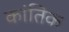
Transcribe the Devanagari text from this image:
कांतिक